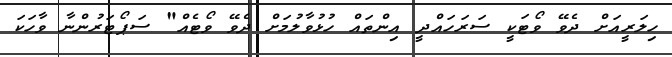
ހިލަރީއަށް ދެވޭ ވޯޓަކީ ސަރަހައްދީ އިންތައް ހުޅުވާލުމަށް ދެވޭ ވޯޓެއް" ސަޕޯޓަރުންނާ ވާހަކަ